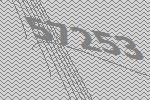
57253